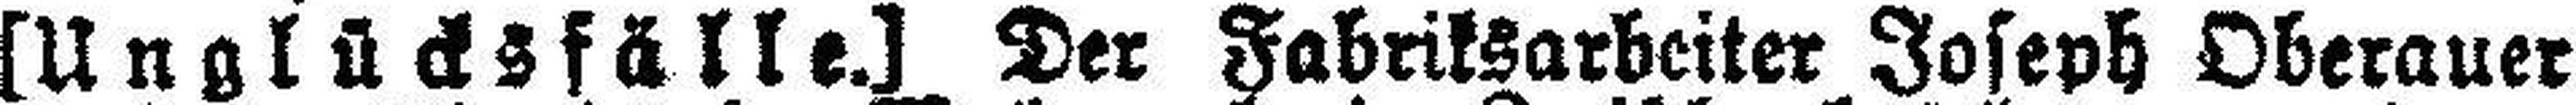
[Unglücksfälle.] Der Fabriksarbeiter Joseph Oberauer